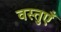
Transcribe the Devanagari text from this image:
वस्‍तुऍं